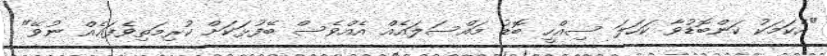
"އެކަމަކު ކަންބޮޑުވާ ކަހަލަ ސިއްހީ ބޮޑު މައްސަލައެއް އެއްވެސް ބޭފުޅަކަށް ކުރިމަތިވެފައެއް ނުވޭ"